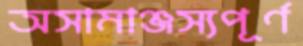
অসামাঞ্জস্যপূর্ণ